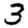
Digit: 3